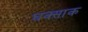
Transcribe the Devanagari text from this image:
घक्साक